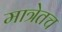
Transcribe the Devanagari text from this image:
मात्रेतच